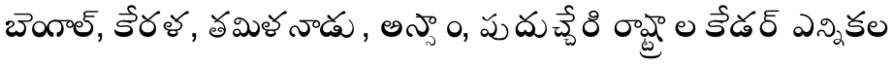
బెంగాల్, కేరళ, తమిళనాడు, అస్సాం, పుదుచ్చేరి రాష్ట్రాల కేడర్ ఎన్నికల